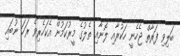
ބަލިވި ފަރާތް ޖެހެނީ ހަކުރާއި ލޮނާއި ތެލުގެ މީރުކަމުން އެކަހެރިވެ ރަހަ ނުބައި